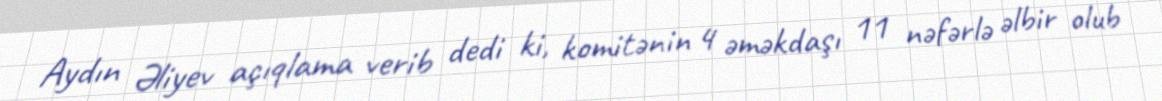
Aydın Əliyev açıqlama verib dedi ki, komitənin 4 əməkdaşı 11 nəfərlə əlbir olub